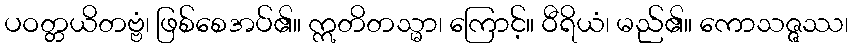
ပဝတ္တယိတဗ္ဗံ၊ ဖြစ်စေအပ်၏။ ဣတိတသ္မာ၊ ကြောင့်။ ဝီရိယံ၊ မည်၏။ ကောသဇ္ဇဿ၊